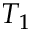
T _ { 1 }